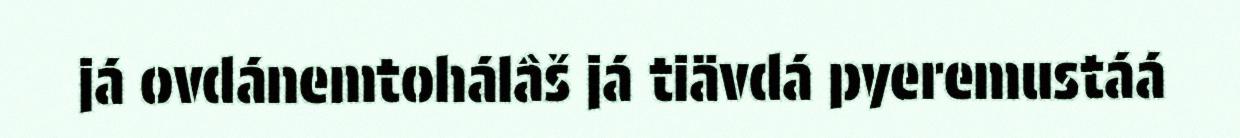
já ovdánemtohálâš já tiävdá pyeremustáá